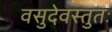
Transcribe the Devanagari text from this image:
वसुदेवस्तुतः